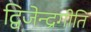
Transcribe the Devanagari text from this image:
द्विजेन्द्रगीति